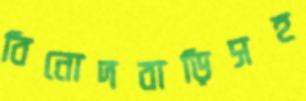
বিনোদবাড়িসহ